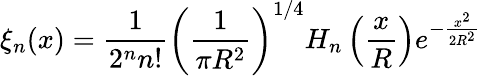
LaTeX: \xi_{n}(x)=\frac{1}{2^{n}n!}\left(\frac{1}{\pi R^{2}}\right)^{1/4}H_{n}\left(\frac{x}{R}\right)e^{-\frac{x^{2}}{2R^{2}}}